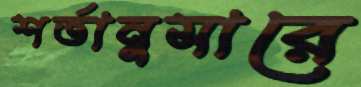
শর্তানুসারে